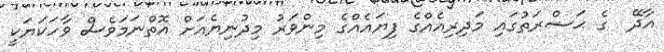
އާދޭ  ގެ ޙަޟްރަތުގައި މަދިރިއެއްގެ ފިޔައެއްގެ މިންވަރު މިދުނިޔެއަށް އޮތްނަމަވެސް ވާހަކަޔަކީ